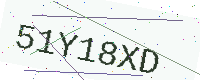
Text: 51Y18XD